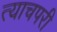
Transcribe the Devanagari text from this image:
त्याचपरी